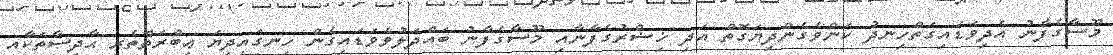
މޫސާގެފާނު އެދިވަޑައިގަތްހިނދު ކަންވެގެންދިޔަގޮތް އަދި ޚިޟްރުގެފާނާއި މޫސާގެފާނު ބައްދަލުވެވަޑައިގެން ހިނގައިދިޔަ ޢިބްރަތްތެރި ޙާދިސާތަކާއި